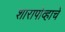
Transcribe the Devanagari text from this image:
शारापोव्हाचे